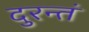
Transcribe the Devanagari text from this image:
दुरन्तं